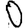
Digit: 0